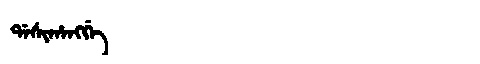
Manchu: ᡩᠠᠰᡳᡥᠠᠩᡤᡝ
Romanization: DASIHANGGE